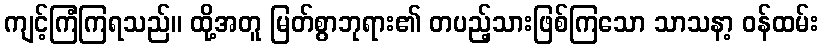
ကျင့်ကြံကြရသည်။ ထို့အတူ မြတ်စွာဘုရား၏ တပည့်သားဖြစ်ကြသော သာသနာ့ ဝန်ထမ်း